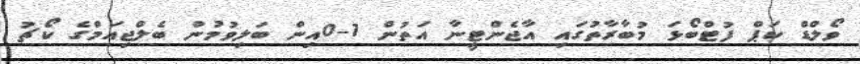
ވޯލްޑް ކަޕް ފުޓްބޯޅަ މުބާރާތުގައި އާޖެންޓީނާ އަތުން 1-0އިން ބަލިވުމުން ބެލްޖިއަމްގެ ކޯޗު